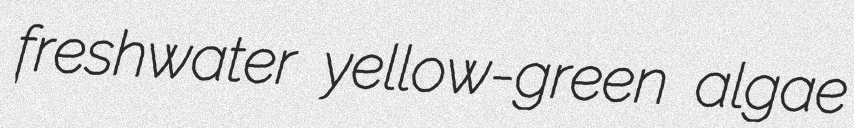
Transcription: freshwater yellow-green algae